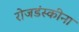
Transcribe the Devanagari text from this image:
रोजडंस्कीना